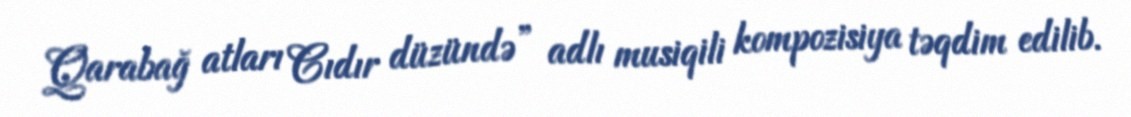
Qarabağ atları Cıdır düzündə” adlı musiqili kompozisiya təqdim edilib.